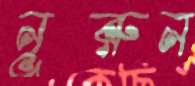
নূরুন